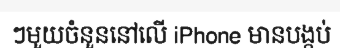
ៗមួយចំនួននៅលើ iPhone មានបង្កប់